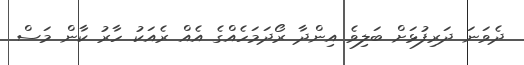
ދެވަނަ ދަރިފުޅަށް ބަލިވެ އިންދާ ރޯދަމަހެއްގެ އެއް ރެއަކު ހާރު ކާން މަސް